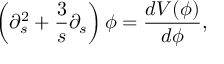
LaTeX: \left( \partial _ { s } ^ { 2 } + \frac { 3 } { s } \partial _ { s } \right) \phi = \frac { d V ( \phi ) } { d \phi } ,